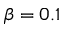
\beta = 0 . 1